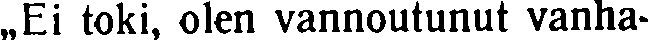
,,Ei toki, olen vannoutunut vanha-